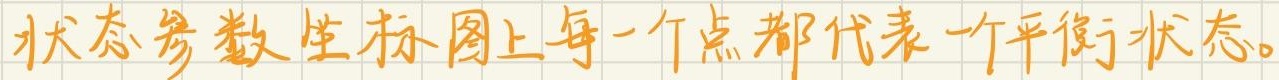
状态参数坐标图上每一个点都代表一个平衡状态。